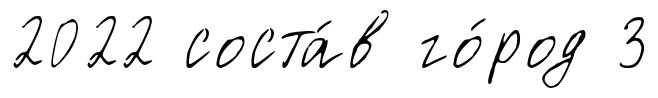
2022 соста́в го́род 3